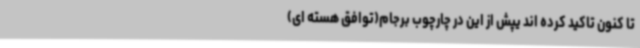
تا کنون تاکید کرده اند یپش از این در چارچوب برجام(توافق هسته ای)